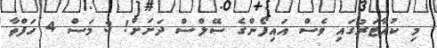
މި ކުއާޓަރުގައި ވެސް އައިފޯންގެ ސޭލްސް ދަށަށް! 3 މަސް 4 ހަފްތާ